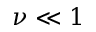
\nu \ll 1